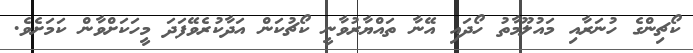
ކޯޗިންގެ ހުނަރާއި މައުލޫމާތު ހޯދައި އޭނާ ތައްޔާރުވާނީ ކޯޗުކަން އަދާކުރެވޭފަދަ މީހަކަށްވާން ކަމަށެވެ.